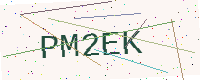
Text: PM2EK